Annual report on the mental hospital in the Central Provinces and Berar (Nagpur) - 1927-1951
Year: 1927
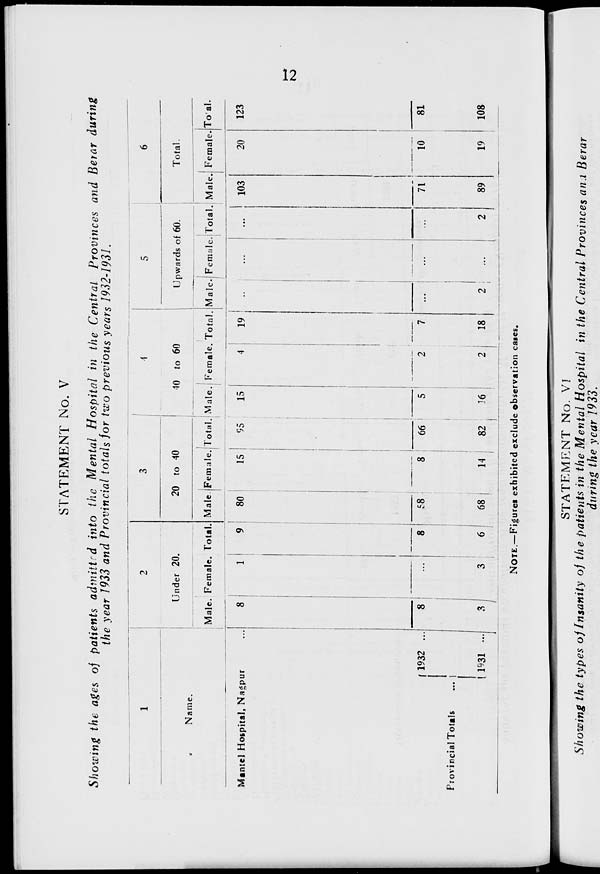
12
STATEMENT No. V
Showing the ages of patients admitted into the Mental Hospital in the Central Provinces and Berar during
the year 1933 and Provincial totals for two previous years 1932-1931.
1
Name.
Mantel Hospital, Nagpur ...
Provincial Totals
...
1932 ...
1931 ...
2
Under 20.
Male.
8
8
3
Female.
1
...
3
Total.
9
8
6
3
20 to 40
Male.
80
58
68
Female.
15
8
14
Total.
95
66
82
4
40 to 60
Male.
15
5
16
Female.
4
2
2
Total.
19
7
18
5
Upwards of 60.
Male.
...
...
2
Female.
...
...
...
Total.
...
...
2
6
Total.
Male.
103
71
89
Female.
20
10
19
Total.
123
81
108
NOTE.—Figures exhibited exclude observation cases.